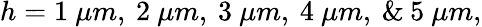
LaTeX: h=1~\mu m,\: 2~\mu m,\: 3~\mu m,\: 4~\mu m,\: \& \: 5~\mu m,